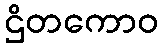
ဌိတကောဝ